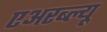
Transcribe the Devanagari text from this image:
एअरब्ल्यू